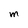
Character: m